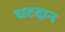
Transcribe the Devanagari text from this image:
घटदान